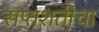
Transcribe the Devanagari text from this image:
सप्तशतीचा